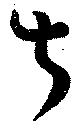
叔